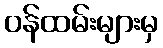
ဝန်ထမ်းများမှ